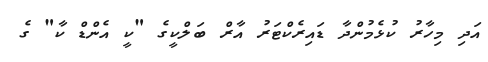
އަދި މިހާރު ކުޅެމުންދާ ޑައިރެކްޓަރު އާރް ބަލްކީގެ "ކީ އެންޑް ކާ" ގެ